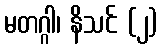
မတဂ္ဂါ၊ နိသင် (၂)